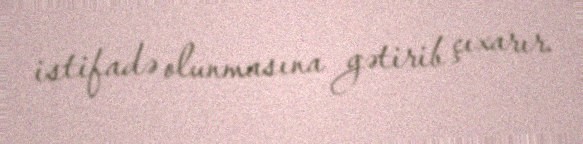
istifadə olunmasına gətirib çıxarır.